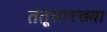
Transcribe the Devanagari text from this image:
तंतूसारख्या